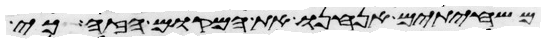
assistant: משחיתים אנחנו את המקום הזה כי